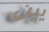
يين